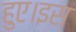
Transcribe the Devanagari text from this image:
हुए।इस